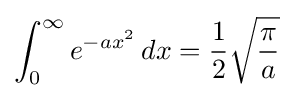
\int _{0}^{\infty }e^{-ax^{2}}\,dx={\frac {1}{2}}{\sqrt {\frac {\pi }{a}}}